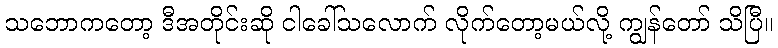
သဘောကတော့ ဒီအတိုင်းဆို ငါခေါ်သလောက် လိုက်တော့မယ်လို့ ကျွန်တော် သိပြီ။